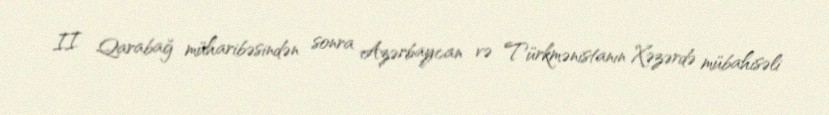
II Qarabağ müharibəsindən sonra Azərbaycan və Türkmənistanın Xəzərdə mübahisəli